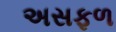
અસફળ